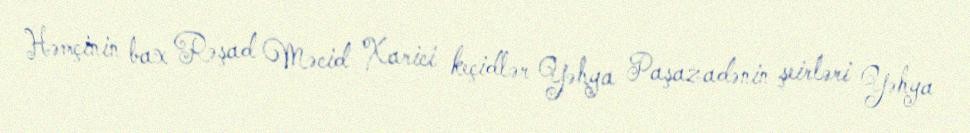
Həmçinin bax Rəşad Məcid Xarici keçidlər Yəhya Paşazadənin şeirləri Yəhya